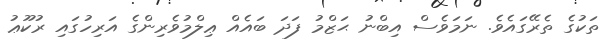
ތަކުގެ ތެރޭގައެވެ. ނަމަވެސް އިބްނު ޙަޒްމު ފަދަ ބައެއް ޢިލްމުވެރިންގެ އަރިހުގައި ރުކޫޢު